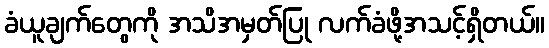
ခံယူချက်တွေကို အသိအမှတ်ပြု လက်ခံဖို့အသင့်ရှိတယ်။